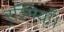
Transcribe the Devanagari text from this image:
रश्मियाँ।